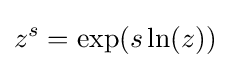
z^{s}=\exp(s\ln(z))